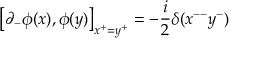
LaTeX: \left[ \partial _ { - } \phi ( x ) , \phi ( y ) \right] _ { x ^ { + } = y ^ { + } } = - \frac { i } { 2 } \delta ( x ^ { -- } y ^ { - } )